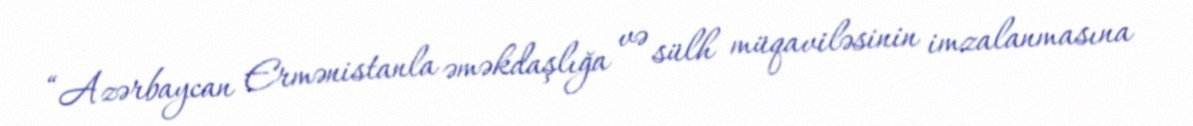
“Azərbaycan Ermənistanla əməkdaşlığa və sülh müqaviləsinin imzalanmasına